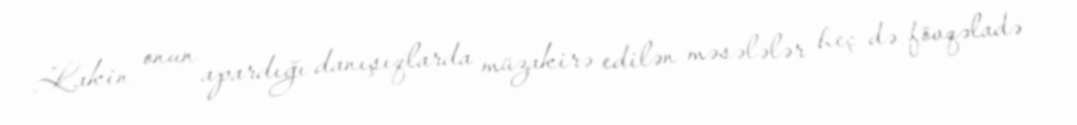
Lakin onun apardığı danışıqlarda müzakirə edilən məsələlər heç də fövqəladə